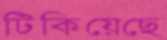
টিকিয়েছে